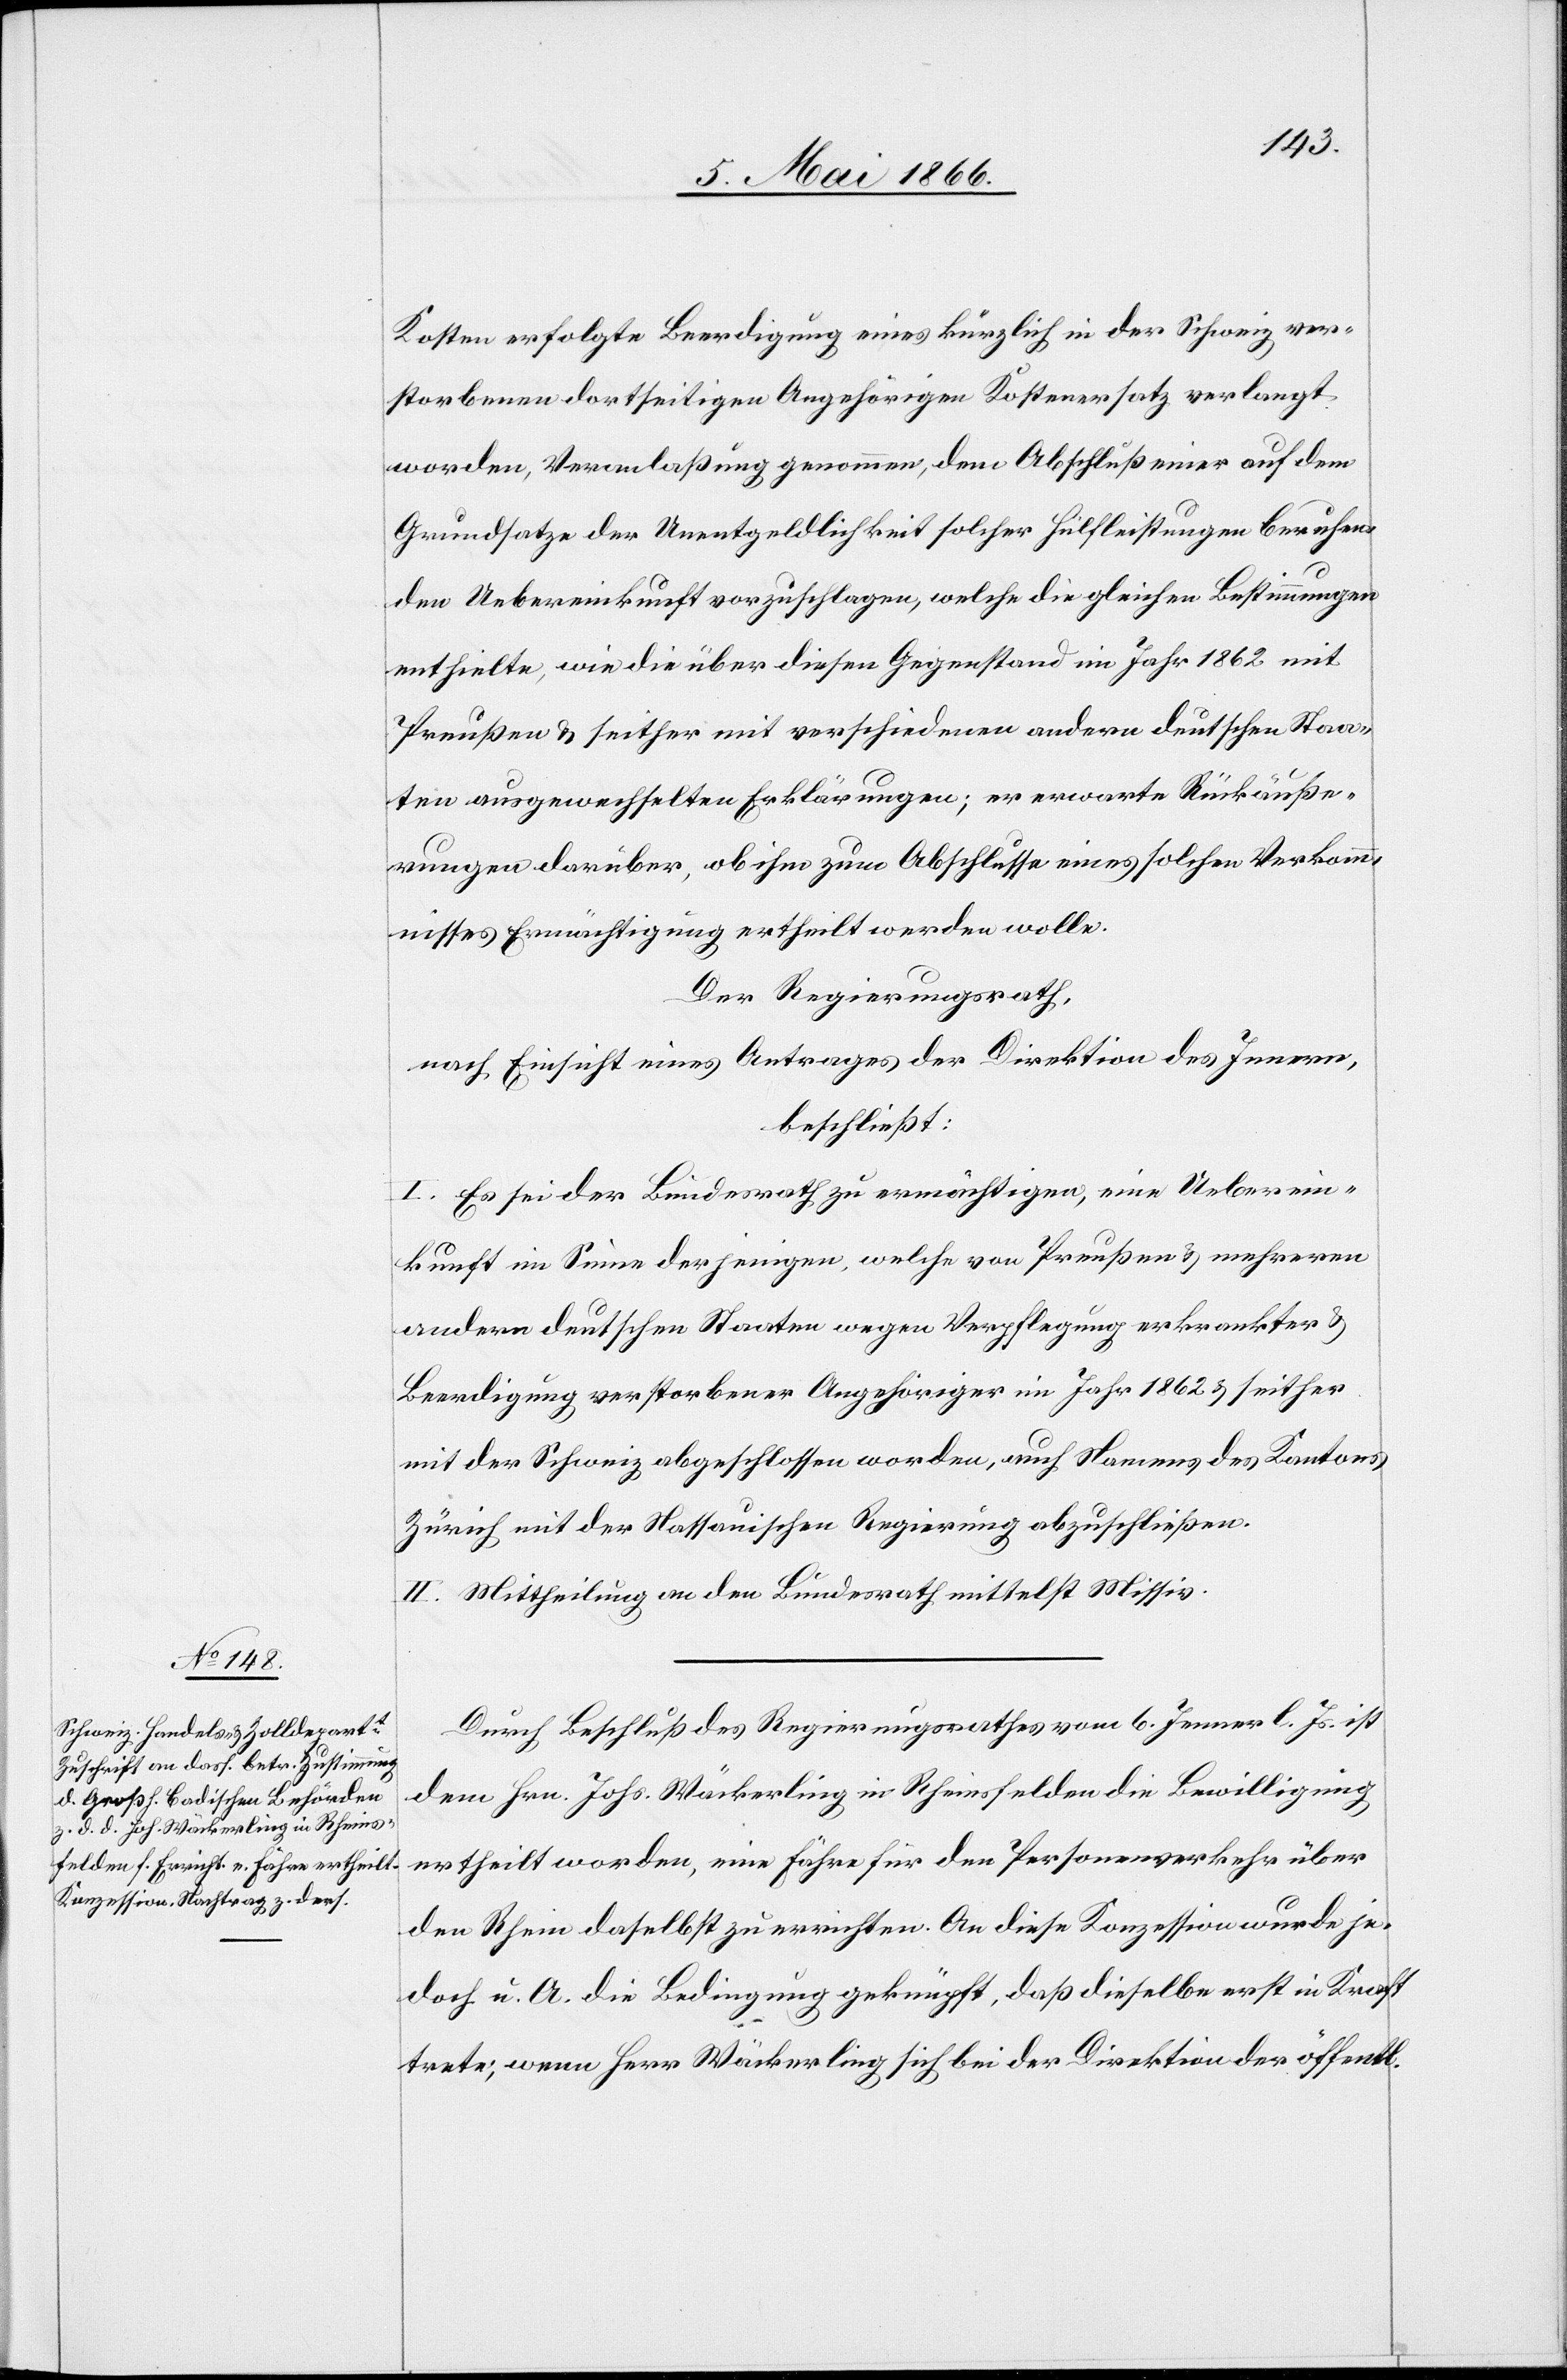
Kosten erfolgte Beerdigung eines kürzlich in der Schweiz ver¬
storbenen dortseitigen Angehörigen Kostenersatz verlangt
worden, Veranlaßung genommen, dem [sic!] Abschluß einer auf dem
Grundsatze der Unentgeldlichkeit solcher Hilfleistungen beruhen¬
den Uebereinkunft vorzuschlagen, welche die gleichen Bedingungen
enthielte, wie die über diesen Gegenstand im Jahr 1862 mit
Preußen u. seither mit verschiedenen andern deutschen Staa¬
ten ausgewechselten Erklärungen; er erwarte Rückäuße¬
rungen darüber, ob ihm zum Abschlusse eines solchen Verkommn¬
isses Ermächtigung ertheilt werden wolle.
Der Regierungsrath,
nach Einsicht eines Antrages der Direktion des Innern,
beschließt:
I. Es sei der Bundesrath zu ermächtigen, eine Ueberein¬
kunft im Sinne derjenigen, welche von Preußen u. mehreren
andern deutschen Staaten wegen Verpflegung erkrankter u.
Beerdigung verstorbener Angehöriger im Jahr 1862 u. seither
mit der Schweiz abgeschlossen worden, auch Namens des Kantons
Zürich mit der Nassauischen Regierung abzuschließen.
II. Mittheilung an den Bundesrath mittelst Missiv.
Durch Beschluß des Regierungsrathes vom 6. Jenner l. Js. ist
dem Hrn. Johs. Mäckerling in Rheinsfelden die Bewilligung
ertheilt worden, eine Fähre für den Personenverkehr über
den Rhein daselbst zu errichten. An diese Konzession wurde je¬
doch u. A. die Bedingung geknüpft, daß dieselbe erst in Kraft
trete, wenn Herr Mäckerling sich bei der Direktion der öffentl.